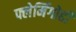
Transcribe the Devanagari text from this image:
फ्लेमिंगोही